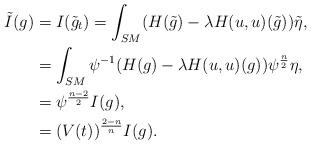
LaTeX: \begin{align*}\tilde{I}(g)&=I(\tilde{g}_t)=\int_{SM}(H(\tilde{g})-\lambda H(u,u)(\tilde{g}))\tilde{\eta},\\&=\int_{SM}\psi^{-1}(H(g)-\lambda H(u,u)(g))\psi^{\frac{n}{2}}\eta,\\&=\psi^{\frac{n-2}{2}}I(g),\\&=(V(t))^{\frac{2-n}{n}}I(g).\end{align*}